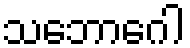
သဘောဂေါ